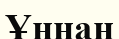
Ұннан